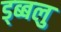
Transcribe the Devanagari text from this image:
ड्ब्बलु